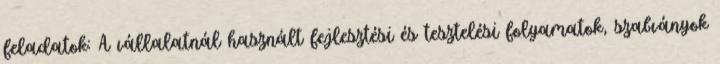
feladatok: A vállalatnál használt fejlesztési és tesztelési folyamatok, szabványok